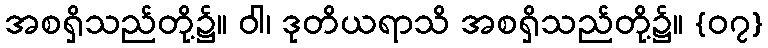
အစရှိသည်တို့၌။ ဝါ၊ ဒုတိယရာသိ အစရှိသည်တို့၌။ {၀၇}